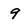
Character: 9